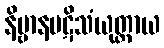
နိဗ္ဗာနပဋိသံယုတ္တာယ